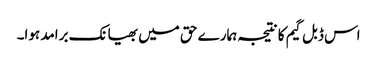
اس ڈبل گیم کا نتیجہ ہمارے حق میں بھیانک برامد ہوا۔